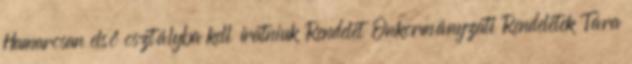
Hamarosan első osztályba kell íratniuk Rendelet Önkormányzati Rendeletek Tára